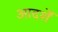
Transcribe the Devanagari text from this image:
आदर्शें